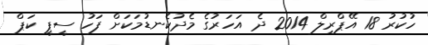
ހުކުރު 18 އޭޕްރިލް 2014 ދެ އަހަރުގެ މެދުކެނޑުމަކަށް ފަހު ސީޕީ ކަޕް